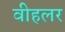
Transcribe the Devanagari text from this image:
वीहलर